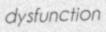
dysfunction